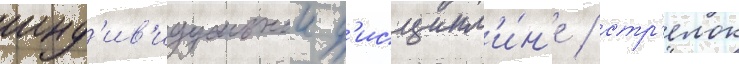
инд'ив'идуальнои д'исципл'и́н'е / стр'елок